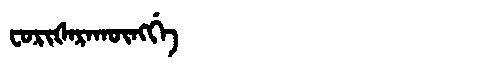
Manchu: ᠸᠣᡵᡳᡧᠠᡵᠠᡴᡡᠩᡤᡝ
Romanization: FORIŠARAKŪNGGE